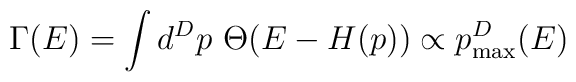
\Gamma(E)=\int d^Dp\ \Theta(E-H(p))\propto p_{\rm max}^D(E)